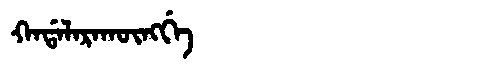
Manchu: ᡴᠠᡩᠠᠯᠠᡵᠠᡴᡡᠩᡤᡝ
Romanization: KADALARAKŪNGGE